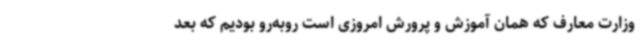
وزارت معارف که همان آموزش و پرورش امروزی است روبه‌رو بودیم که بعد